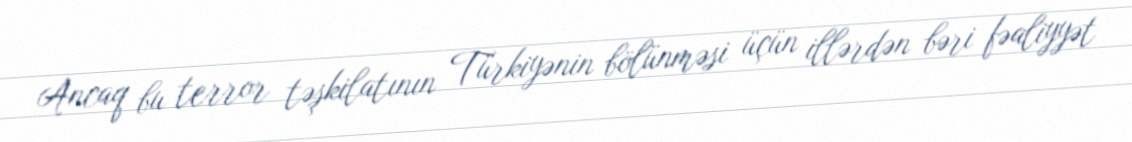
Ancaq bu terror təşkilatının Türkiyənin bölünməsi üçün illərdən bəri fəaliyyət